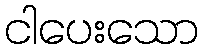
ငါပေးသော